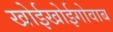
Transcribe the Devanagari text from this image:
खोईखोईगोवाब